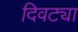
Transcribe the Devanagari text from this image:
दिवट्या